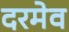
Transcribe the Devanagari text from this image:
दरमेव